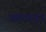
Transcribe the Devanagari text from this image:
संबधातून